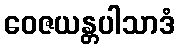
ဝေဇယန္တပါသာဒံ